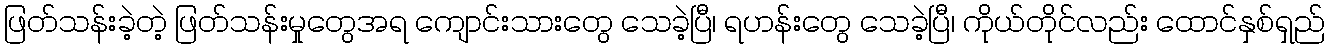
ဖြတ်သန်းခဲ့တဲ့ ဖြတ်သန်းမှုတွေအရ ကျောင်းသားတွေ သေခဲ့ပြီ၊ ရဟန်းတွေ သေခဲ့ပြီ၊ ကိုယ်တိုင်လည်း ထောင်နှစ်ရှည်